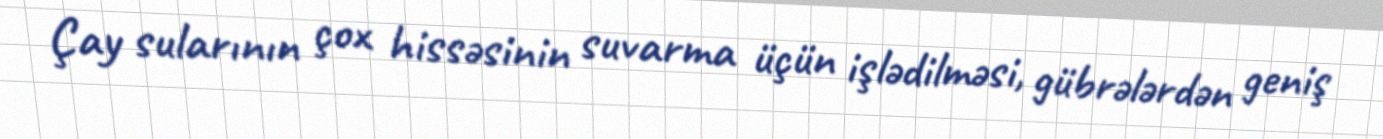
Çay sularının çox hissəsinin suvarma üçün işlədilməsi, gübrələrdən geniş